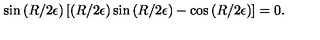
\sin \left( R / 2 \epsilon \right) \left[ \left( R / 2 \epsilon \right) \sin \left( R / 2 \epsilon \right) - \cos \left( R / 2 \epsilon \right) \right] = 0 .